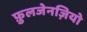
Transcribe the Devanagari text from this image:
फ़ुलजेनज़ियो